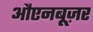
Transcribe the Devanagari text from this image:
औएनबूज़र